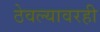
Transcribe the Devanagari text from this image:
ठेवल्यावरही